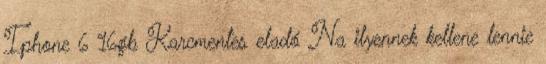
Iphone 6 16gb Karcmentes eladó Na ilyennek kellene lennie